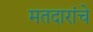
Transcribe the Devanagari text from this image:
मतदारांचे